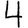
Digit: 4